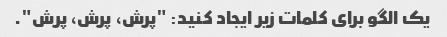
یک الگو برای کلمات زیر ایجاد کنید: "پرش، پرش، پرش".